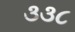
૩૩૮